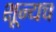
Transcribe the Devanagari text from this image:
शून्यच